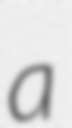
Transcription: a